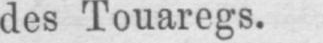
des Touaregs.